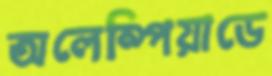
অলেম্পিয়াডে